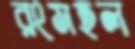
রংমহল